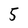
Character: 5